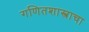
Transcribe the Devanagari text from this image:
गणितशास्त्राचा